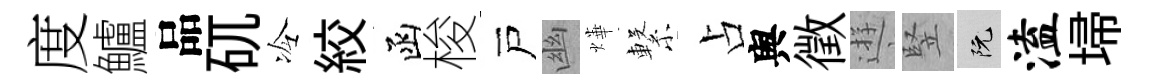
度鱸品矹冷絞函梭戸幽燁繋占舆徵逰竪阮溘埽